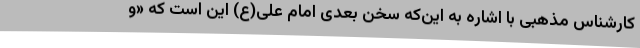
کارشناس مذهبی با اشاره به این‌که سخن بعدی امام علی(ع) این است که «و